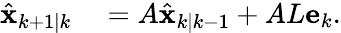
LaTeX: \begin{array}{rl}{\hat{\mathbf{x}}_{k+1|k}}&{{}=A\hat{\mathbf{x}}_{k|k-1}+AL\mathbf{e}_{k}.}\end{array}